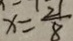
x = \frac { 2 1 } { 8 }